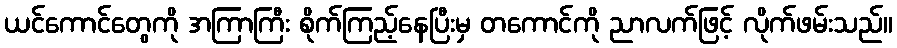
ယင်ကောင်တွေကို အကြာကြီး စိုက်ကြည့်နေပြီးမှ တကောင်ကို ညာလက်ဖြင့် လိုက်ဖမ်းသည်။